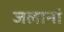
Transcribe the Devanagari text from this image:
जलानां